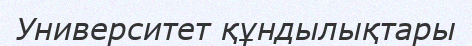
Университет құндылықтары